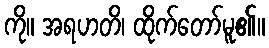
ကို။ အရဟတိ၊ ထိုက်တော်မူ၏။